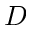
D